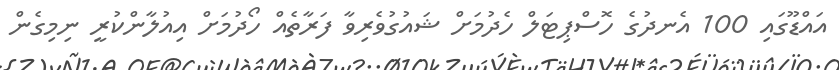
އައްޑޫގައި 100 އެނދުގެ ހޮސްޕިޓަލް ހެދުމަށް ޝައުގުވެރިވާ ފަރާތެއް ހޯދުމަށް އިއުލާންކުރީ ނިމިގެން